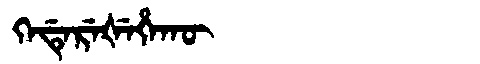
Manchu: ᡴᡝᡩᡝᡵᡝᡧᡝᡥᠠᡴᡡ
Romanization: KEDEREŠEHAKŪ